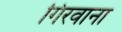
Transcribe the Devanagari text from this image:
गिरवाना